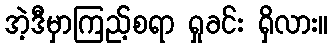
အဲ့ဒီမှာကြည့်စရာ ရှုခင်း ရှိလား။